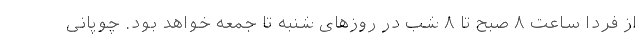
از فردا ساعت ۸ صبح تا ۸ شب در روزهای شنبه تا جمعه خواهد بود. چوپانی